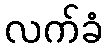
လက်ခံ